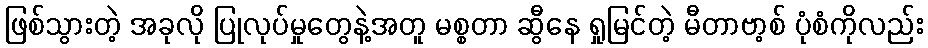
ဖြစ်သွားတဲ့ အခုလို ပြုလုပ်မှုတွေနဲ့အတူ မစ္စတာ ဆွီနေ ရှုမြင်တဲ့ မီတာဗာ့စ် ပုံစံကိုလည်း